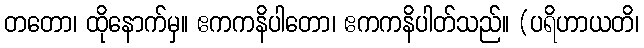
တတော၊ ထိုနောက်မှ။ ဧကကနိပါတော၊ ဧကကနိပါတ်သည်။ (ပရိဟာယတိ၊